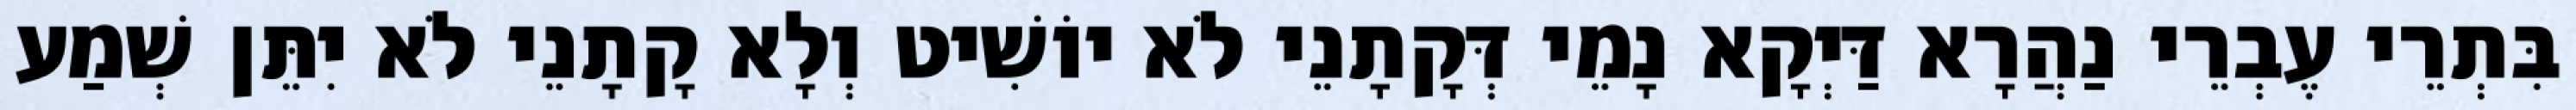
בִּתְרֵי עֶבְרֵי נַהֲרָא דַּיְקָא נָמֵי דְּקָתָנֵי לֹא יוֹשִׁיט וְלָא קָתָנֵי לֹא יִתֵּן שְׁמַע